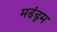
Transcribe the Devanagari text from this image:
मडंड्रम